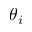
\theta _ { i }